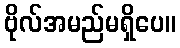
ဗိုလ်အမည်မရှိပေ။